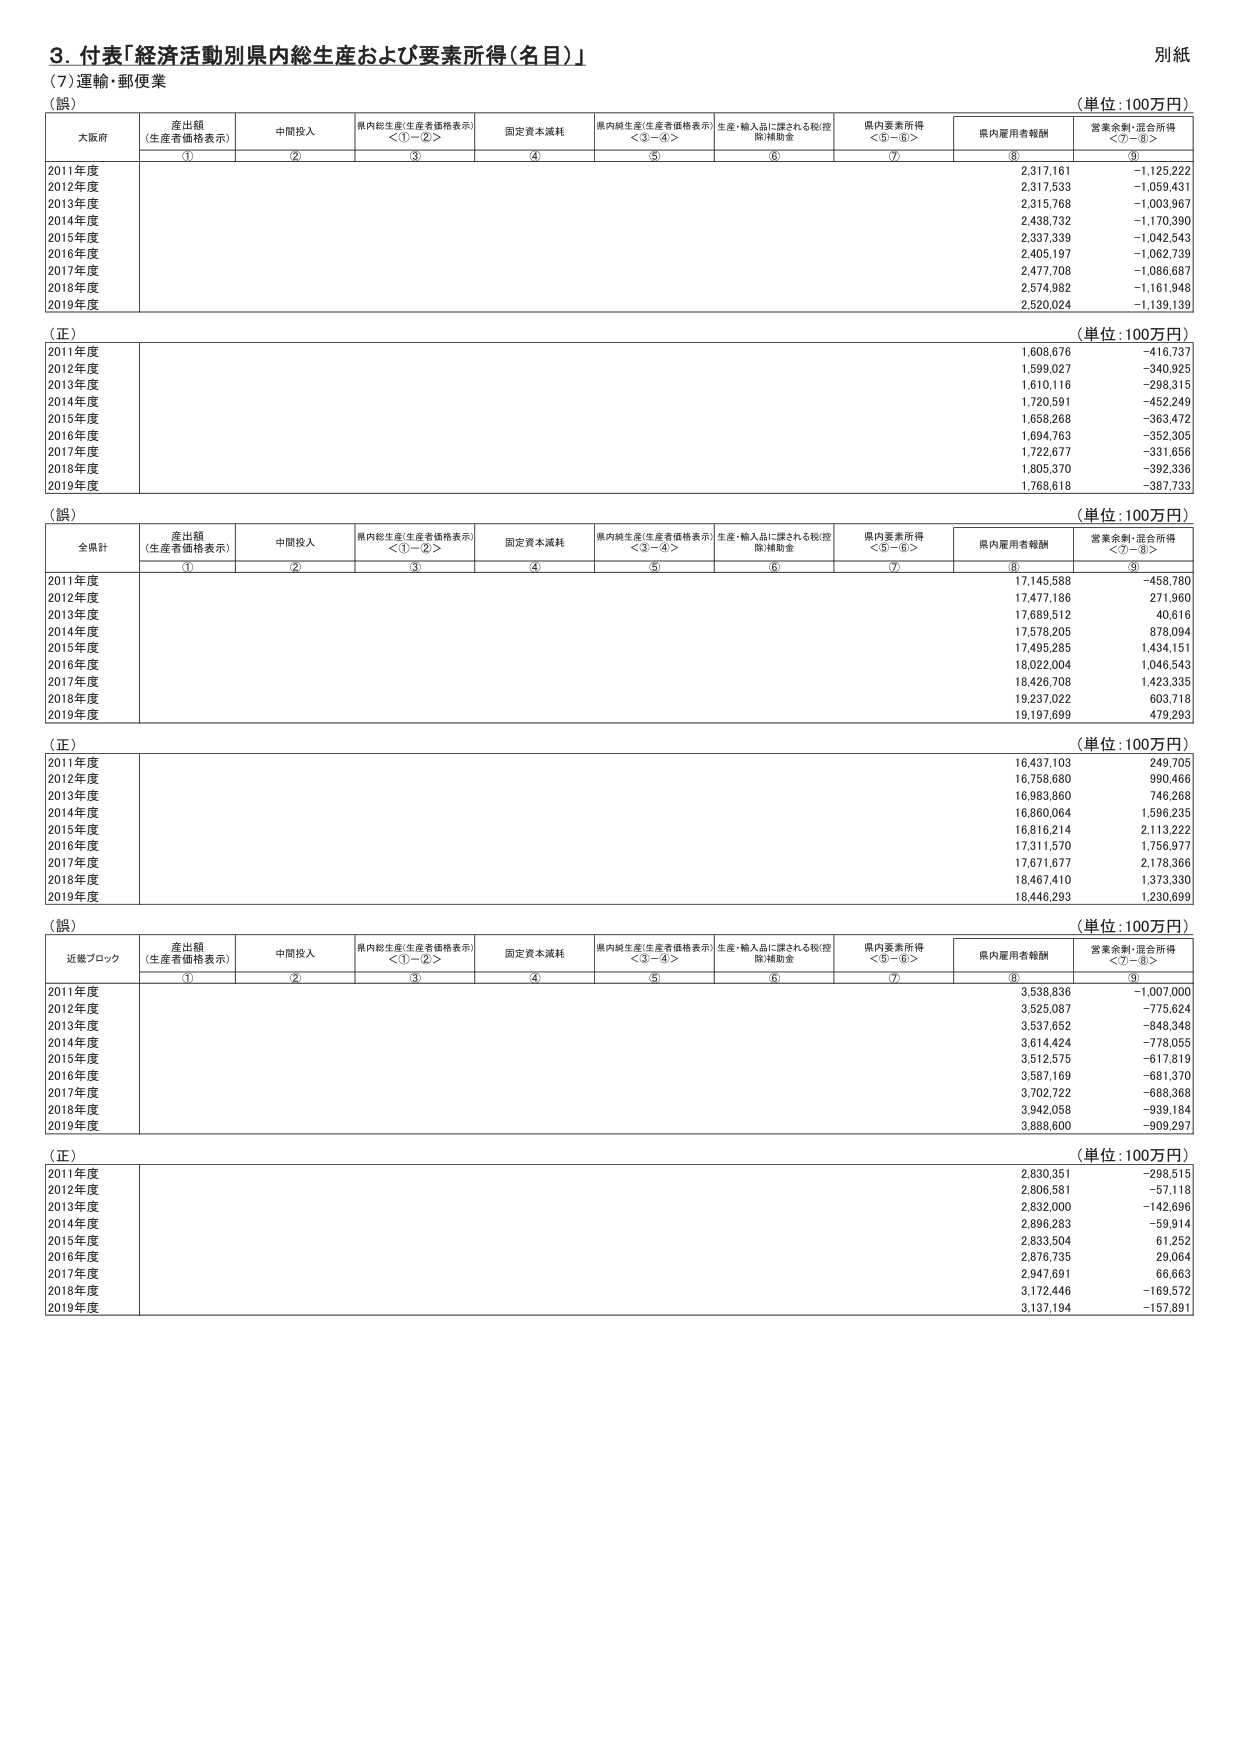
3. 付表「経済活動別県内総生産および要素所得（名目）」
別紙
（7）運輸・郵便業
（誤）
（単位：100万円）
大阪府
産出額
（生産者価格表示）
中間投入
県内総生産（生産者価格表示）
＜①－②＞
固定資本減耗
県内純生産（生産者価格表示）
＜③－④＞
生産・輸入品に課される税（控除）補助金
県内要素所得
＜⑤－⑥＞
県内雇用者報酬
営業余剰・混合所得
＜⑦－⑧＞
①
②
③
④
⑤
⑥
⑦
⑧
⑨
2011年度
2,317,161
－1,125,222
2012年度
2,317,533
－1,059,431
2013年度
2,315,768
－1,003,967
2014年度
2,438,732
－1,170,390
2015年度
2,337,339
－1,042,543
2016年度
2,405,197
－1,062,739
2017年度
2,477,708
－1,086,687
2018年度
2,574,982
－1,161,948
2019年度
2,520,024
－1,139,139
（正）
（単位：100万円）
2011年度
1,608,676
－416,737
2012年度
1,599,027
－340,925
2013年度
1,610,116
－298,315
2014年度
1,720,591
－452,249
2015年度
1,658,268
－363,472
2016年度
1,694,763
－352,305
2017年度
1,722,677
－331,656
2018年度
1,805,370
－392,336
2019年度
1,768,618
－387,733
（誤）
（単位：100万円）
全県計
産出額
（生産者価格表示）
中間投入
県内総生産（生産者価格表示）
＜①－②＞
固定資本減耗
県内純生産（生産者価格表示）
＜③－④＞
生産・輸入品に課される税（控除）補助金
県内要素所得
＜⑤－⑥＞
県内雇用者報酬
営業余剰・混合所得
＜⑦－⑧＞
①
②
③
④
⑤
⑥
⑦
⑧
⑨
2011年度
17,145,588
－458,780
2012年度
17,477,186
271,960
2013年度
17,689,512
40,616
2014年度
17,578,205
878,094
2015年度
17,495,285
1,434,151
2016年度
18,022,004
1,046,543
2017年度
18,426,708
1,423,335
2018年度
19,237,022
603,718
2019年度
19,197,699
479,293
（正）
（単位：100万円）
2011年度
16,437,103
249,705
2012年度
16,758,680
990,466
2013年度
16,983,860
746,268
2014年度
16,860,064
1,596,235
2015年度
16,816,214
2,113,222
2016年度
17,311,570
1,756,977
2017年度
17,671,677
2,178,366
2018年度
18,467,410
1,373,330
2019年度
18,446,293
1,230,699
（誤）
（単位：100万円）
近畿ブロック
産出額
（生産者価格表示）
中間投入
県内総生産（生産者価格表示）
＜①－②＞
固定資本減耗
県内純生産（生産者価格表示）
＜③－④＞
生産・輸入品に課される税（控除）補助金
県内要素所得
＜⑤－⑥＞
県内雇用者報酬
営業余剰・混合所得
＜⑦－⑧＞
①
②
③
④
⑤
⑥
⑦
⑧
⑨
2011年度
3,538,836
－1,007,000
2012年度
3,525,087
－775,624
2013年度
3,537,652
－848,348
2014年度
3,614,424
－778,055
2015年度
3,512,575
－617,819
2016年度
3,587,169
－681,370
2017年度
3,702,722
－688,368
2018年度
3,942,058
－939,184
2019年度
3,888,600
－909,297
（正）
（単位：100万円）
2011年度
2,830,351
－298,515
2012年度
2,806,581
－57,118
2013年度
2,832,000
－142,696
2014年度
2,896,283
－59,914
2015年度
2,833,504
61,252
2016年度
2,876,735
29,064
2017年度
2,947,691
66,663
2018年度
3,172,446
－169,572
2019年度
3,137,194
－157,891